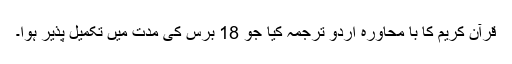
قرآن کریم کا با محاورہ اردو ترجمہ کیا جو 18 برس کی مدت میں تکمیل پذیر ہوا۔